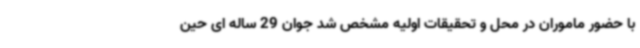
با حضور ماموران در محل و تحقیقات اولیه مشخص شد جوان 29 ساله ای حین